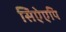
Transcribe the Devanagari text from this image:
सिऐएपि